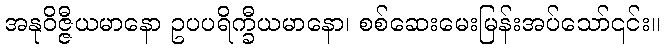
အနုဝိဇ္ဇီယမာနော ဥပပရိက္ခီယမာနော၊ စစ်ဆေးမေးမြန်းအပ်သော်၎င်း။